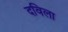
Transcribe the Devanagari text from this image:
दविला